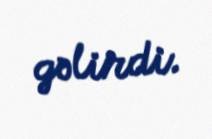
gəlirdi.